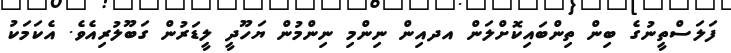
ފަލަސްތީނުގެ ބިން ތިންބައިކޮށްލަން އދއިން ނިންމި ނިންމުން ޔަހޫދީ ލީޑަރުން ގަބޫލުރިއެވެ. އެކަމަކު